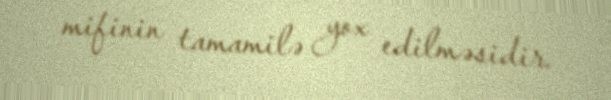
mifinin tamamilə yox edilməsidir.